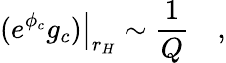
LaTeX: \left.(e^{\phi_{c}}g_{c})\right|_{r_{H}}\sim{\frac{1}{Q}}\quad,